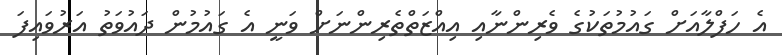
އެ ހަފްލާއަށް ގައުމުތަކުގެ ވެރިންނާއި އިއްޒަތްތެރިންނަށް ވަނީ އެ ގައުމުން ދައުވަތު އަރުވައިފަ